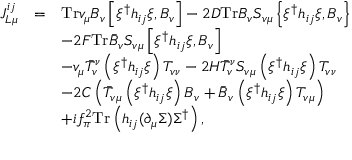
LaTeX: \begin{array} { l c l } { { { \cal J } _ { L \mu } ^ { i j } } } & { { = } } & { { \mathrm { T r } v _ { \mu } \bar { B } _ { v } \left[ \xi ^ { \dag } h _ { i j } \xi , B _ { v } \right] - 2 D \mathrm { T r } \bar { B } _ { v } S _ { v \mu } \left\{ \xi ^ { \dag } h _ { i j } \xi , B _ { v } \right\} } } \\ { { } } & { { } } & { { - 2 F \mathrm { T r } \bar { B } _ { v } S _ { v \mu } \left[ \xi ^ { \dag } h _ { i j } \xi , B _ { v } \right] } } \\ { { } } & { { } } & { { - v _ { \mu } \bar { T } _ { v } ^ { \nu } \left( \xi ^ { \dag } h _ { i j } \xi \right) T _ { v \nu } - 2 { \cal H } \bar { T } _ { v } ^ { \nu } S _ { v \mu } \left( \xi ^ { \dag } h _ { i j } \xi \right) T _ { v \nu } } } \\ { { } } & { { } } & { { - 2 { \cal C } \left( \bar { T } _ { v \mu } \left( \xi ^ { \dag } h _ { i j } \xi \right) B _ { v } + \bar { B } _ { v } \left( \xi ^ { \dag } h _ { i j } \xi \right) T _ { v \mu } \right) } } \\ { { } } & { { } } & { { + i f _ { \pi } ^ { 2 } \mathrm { T r } \left( h _ { i j } ( \partial _ { \mu } \Sigma ) \Sigma ^ { \dag } \right) , } } \end{array}